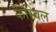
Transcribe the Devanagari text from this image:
कैस्विल